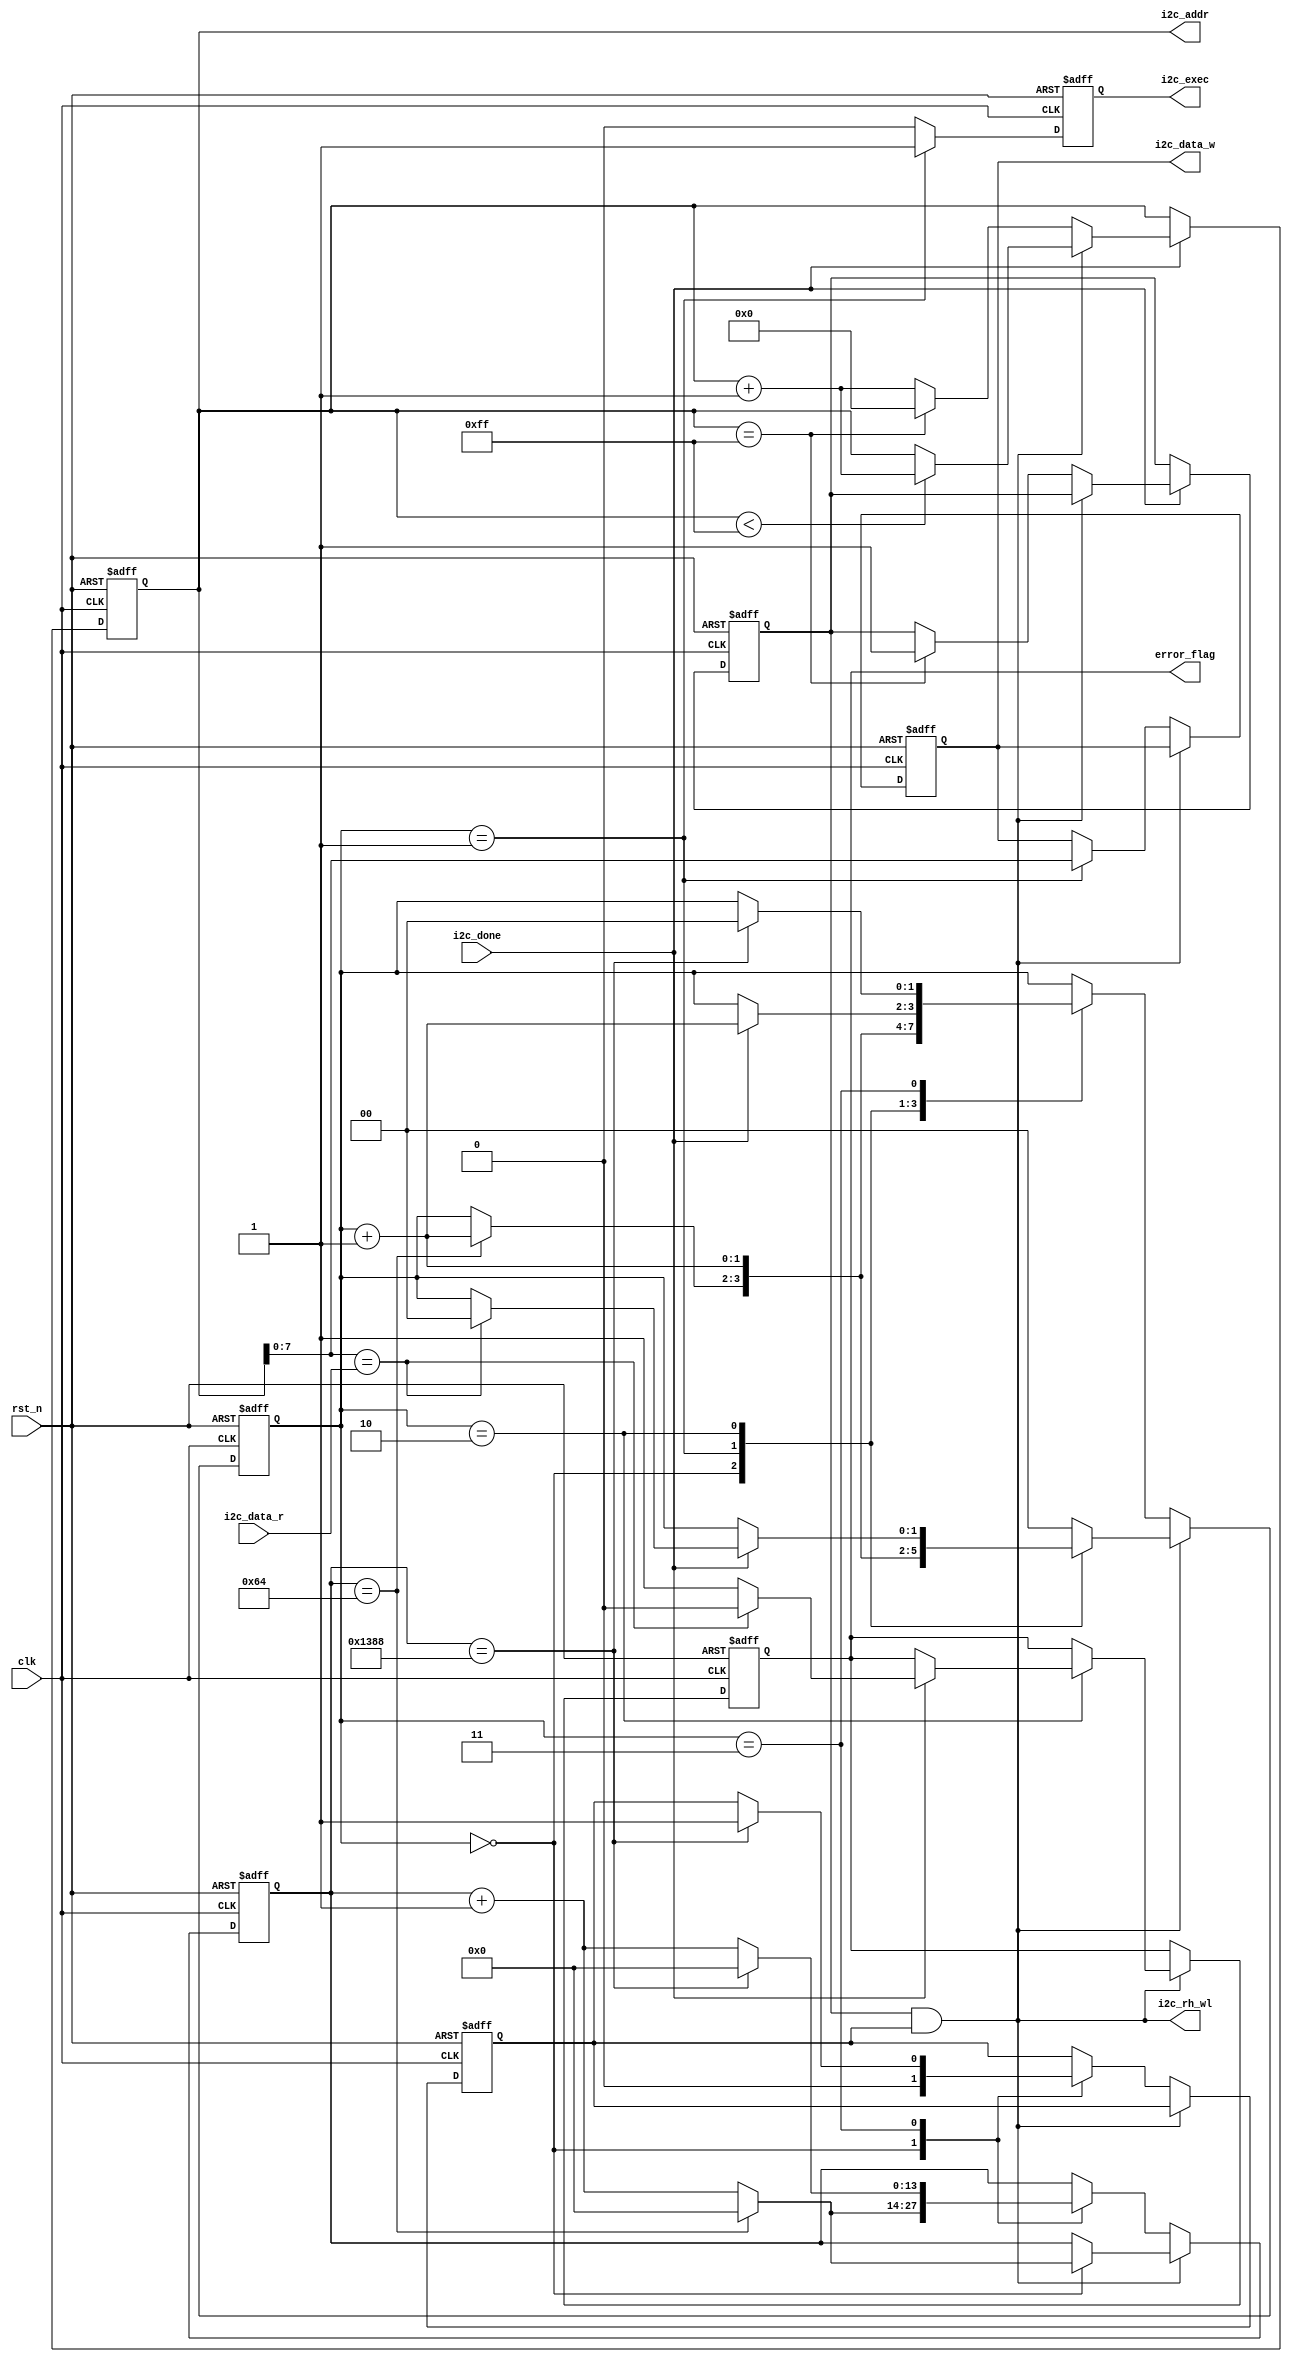

module eeprom_rw(
    //global clock
    input                 clk        ,    // 
    input                 rst_n      ,    // 

    //i2c interface
    output                i2c_rh_wl  ,    // I2C
    output   reg          i2c_exec   ,    // I2C
    output   reg  [15:0]  i2c_addr   ,    // I2C
    output   reg  [ 7:0]  i2c_data_w ,    // I2C
    input         [ 7:0]  i2c_data_r ,    // I2C
    input                 i2c_done   ,    // I2C

    //user interface
    output   reg          error_flag      // 
);

//parameter define
parameter      WAIT    = 14'd5000    ;    // 
parameter      BYTE_N  = 16'd255     ;    // 

//reg define
reg            addr_over ;                // 
reg            rom_w_done;                // e2prom
reg   [ 1:0]   flow_cnt  ;                // 
reg   [13:0]   wait_cnt  ;                // 

//*****************************************************
//**                    main code
//*****************************************************

//
assign i2c_rh_wl = addr_over & rom_w_done;

//eeprom
always @(posedge clk or negedge rst_n) begin
    if(rst_n == 1'b0) begin
        i2c_addr <= 16'd0;
        addr_over<=  1'b0;
    end
    else if(i2c_done  == 1'b1) begin
         if(i2c_rh_wl == 1'b1) begin
             if(i2c_addr  < BYTE_N)
                 i2c_addr <= i2c_addr + 1'd1;
             else
                 i2c_addr <= i2c_addr;
         end
         else begin
             if(i2c_addr == BYTE_N) begin
                 i2c_addr <= 16'd0;
                 addr_over<=  1'b1;               //
             end
             else
                 i2c_addr <= i2c_addr + 1'd1;
         end
    end
    else
        i2c_addr <= i2c_addr;
end

//eeprom
always @(posedge clk or negedge rst_n) begin
    if(rst_n == 1'b0) begin
        flow_cnt   <=  2'b0;
        wait_cnt   <= 14'b0;
        i2c_exec   <=  1'b0;
        i2c_data_w <=  8'd0;
        rom_w_done <=  1'b0;
        error_flag <=  1'b1;
    end
    else begin
        i2c_exec <= 1'b0;
//eeprom11832(256)0~255
        if(i2c_rh_wl == 1'b0) begin
            case(flow_cnt)
                2'd0: begin
                    rom_w_done  <=  1'b0;
                    wait_cnt    <= wait_cnt + 1'b1;
                    if(wait_cnt == 14'd100) begin
                        wait_cnt <= 14'd0;
                        flow_cnt <= flow_cnt + 1'b1;
                    end
                end
                2'd1: begin
                    i2c_exec   <= 1'b1;
                    i2c_data_w <= i2c_addr[7:0];
                    flow_cnt   <= flow_cnt + 1'b1;
                end
                2'd2: begin
                    if(i2c_done == 1'b1)
                        flow_cnt   <= flow_cnt + 1'b1;
                end
                2'd3:begin
                    if(wait_cnt == WAIT) begin               //
                        flow_cnt   <=  2'b0;
                        wait_cnt   <= 14'd0;
                        rom_w_done <=  1'b1;
                    end
                    else
                        wait_cnt <= wait_cnt + 1'b1;
                end
            endcase
        end
//eeprom11256
        else begin
            case(flow_cnt)
                2'd0: begin
                    wait_cnt <= wait_cnt + 1'b1;
                    if(wait_cnt == 14'd100) begin
                        flow_cnt <= flow_cnt + 1'b1;
                        wait_cnt <= 14'd0;
                    end
                end
                2'd1: begin
                    i2c_exec <= 1'b1;
                    flow_cnt <= flow_cnt + 1'b1;
                end
                2'd2: begin
                    if(i2c_done == 1'b1) begin                 // I2C
                        if(i2c_addr[7:0] == i2c_data_r) begin  // 
                            error_flag   <= 1'b0;              // 
                            flow_cnt     <= 2'b0;              // 0
                        end
                        else begin
                            error_flag <= 1'b1;                // 
                        end
                    end
                end
                default: flow_cnt <= 2'b0;
            endcase
        end
    end
end

endmodule